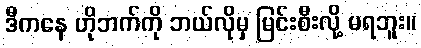
ဒီကနေ ဟိုဘက်ကို ဘယ်လိုမှ မြင်းစီးလို့ မရဘူး။